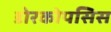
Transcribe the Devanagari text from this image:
डोरकोपसिस